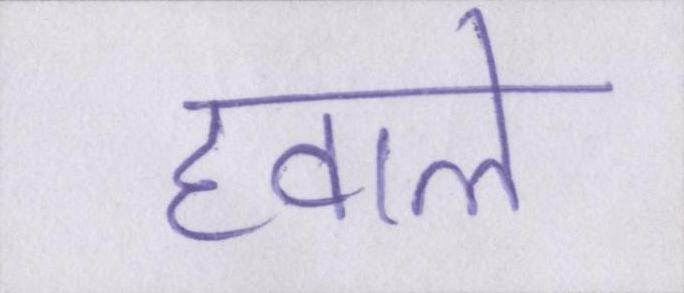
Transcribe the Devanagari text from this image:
हवाले